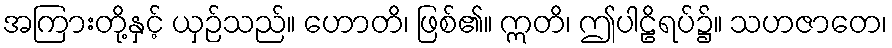
အကြားတို့နှင့် ယှဉ်သည်။ ဟောတိ၊ ဖြစ်၏။ ဣတိ၊ ဤပါဠိရပ်၌။ သဟဇာတေ၊